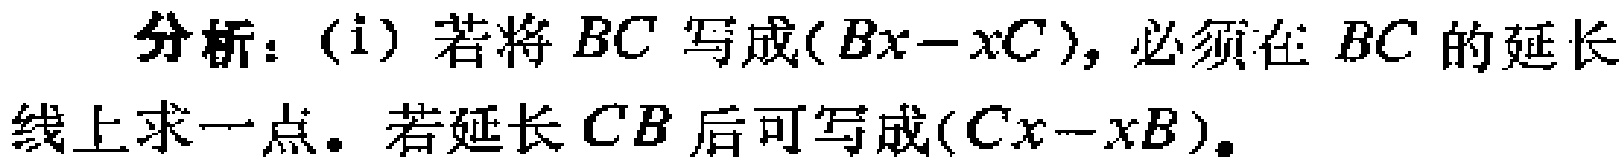
分析：(i) 若将 \(BC\) 写成\((Bx - xC)\)，必须在 \(BC\) 的延长线上求一点。若延长 \(CB\) 后可写成\((Cx - xB)\)。